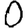
Digit: 0